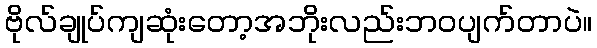
ဗိုလ်ချုပ်ကျဆုံးတော့အဘိုးလည်းဘဝပျက်တာပဲ။